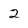
Character: 2